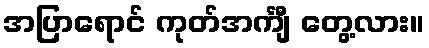
အပြာရောင် ကုတ်အင်္ကျီ တွေ့လား။